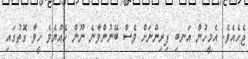
ޖެހެއެވެ. އެމީހުން އަނބި ފިރިންނަށް ވެސް ބޭނުންވާނެ ނޫން ހެއްޔެވެ ހީވާ ގޮތުގައި